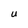
Character: U